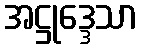
အဋ္ဌုဒ္ဒေသာ